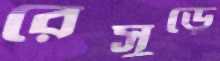
রেসুড়ে